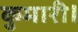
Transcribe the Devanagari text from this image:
कुमारी।